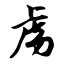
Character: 虏